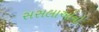
સસલાઓનો